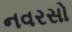
નવરસો